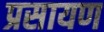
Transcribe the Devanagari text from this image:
प्रसायण